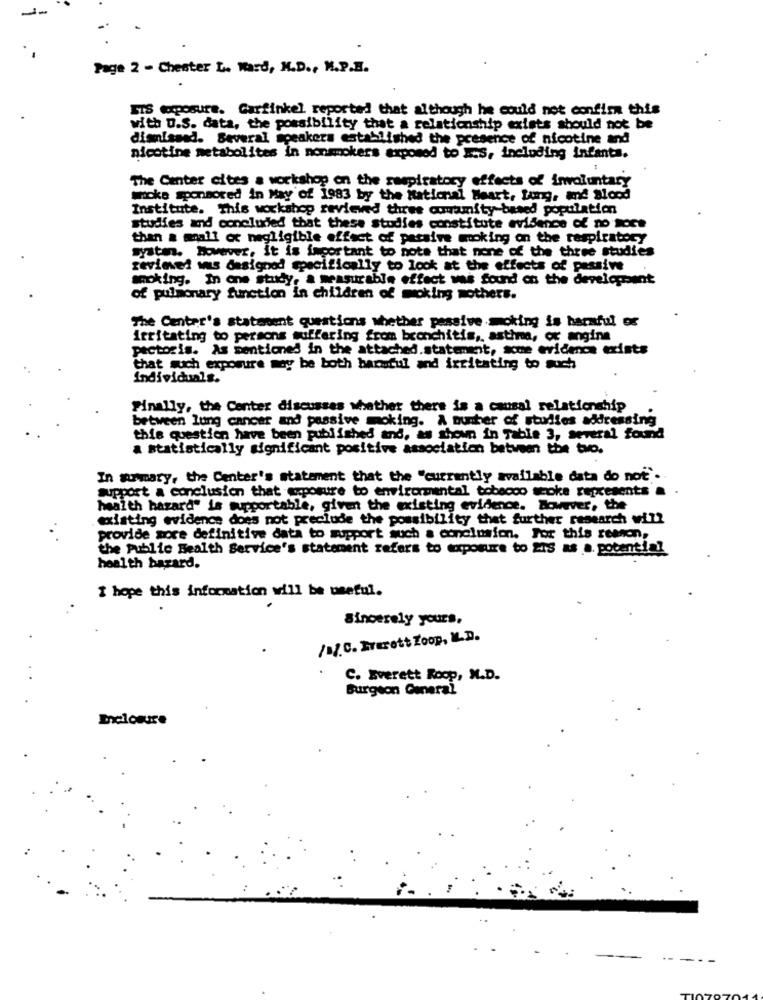
--
Page 2 - Chester L. Ward, M.D ., M.P.E.
STS doposure. Garfinkel reported that although he could not confirm this
with U.S. data, the possibility that a relationship exists should not be
dismissed. Several speakers established the presence of nicotine and
nicotine metabolites in nonsmokers expomed to mes, including infants.
1
The Center cites a workshop on the respiratory effects of involuntary
Smoke sponsored in May of 1983 by the National Heart, Lung, and Blood
Institute. This workshop reviewed three commamity-based population
studies and concluded that these studies constitute evidence of no noce
than a mall or negligible effect of passive moking on the respiratory
system. However, it is important to note that none of the three studies
zevievei was designed specifically to look at the effects of passive
smoking. In one study, a measurable effect was found on the development
of pulmonary function in children of moking mothers.
The Center's statement questions whether passive moking is harmful of
irritating to persons suffering from bronchitis ,, astima, ox angina
pectoris. As mentioned in the attached.statement, acme evidence exists
that such exposure may be both barntul and irritating to auch
Individuals.
Finally, the Center discusses whether there is a causal relationship
between lung cancer and passive moking. A number of studies addressing
this question have been published and, as shown in Table 3, several found
a statistically significant positive association between the two.
In summary, the Center's statement that the "currently available data do not'.
support a conclusion that exposure to environmental tobacco stoke represents a
health hazard" is supportable, given the existing evidence. However, the
existing evidence does not preclude the possibility that further research will
provide more definitive data to support such a conclusion. For this reason,
the public Health Service's statement refers to exposure to 24S as a. potential
health bazard.
I hope this information will be useful.
Sincerely yours,
/a.C. Everett Zoop, M.D.
. .
C. Everett Roop, M.D.
Burgeon General
Enclosure